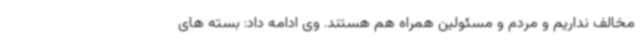
مخالف نداریم و مردم و مسئولین همراه هم هستند. وی ادامه داد: بسته های